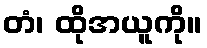
တံ၊ ထိုအယူကို။